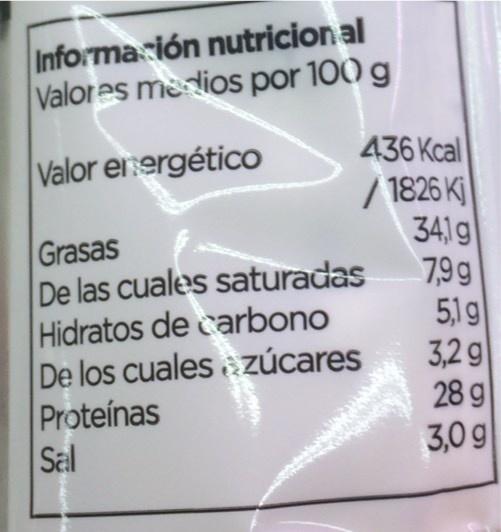
Información nutricional Valores medios por 100 g
Valor energético
Grasas
De las cuales saturadas
Hidratos de carbono
De los cuales zúcares
Proteínas Sal
436 Kcal
/1826 K
34,1g
7,9g
5,1 g
3,2 g
28 g
3,0 g